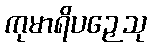
ကုမာရိပဉှေသု